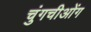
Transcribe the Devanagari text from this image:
चुंगचीओंग